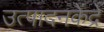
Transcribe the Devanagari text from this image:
उत्पादनकेंद्रे